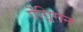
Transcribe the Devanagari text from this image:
ऐंग्लिगन